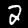
Label: 2